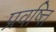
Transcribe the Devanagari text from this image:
प्रवष्त्ति